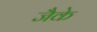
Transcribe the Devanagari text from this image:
जैके